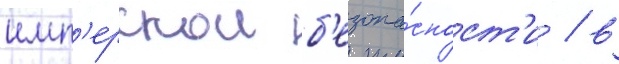
имп'ерскои б'езопа́сност'и / в